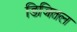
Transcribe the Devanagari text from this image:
डिजितल